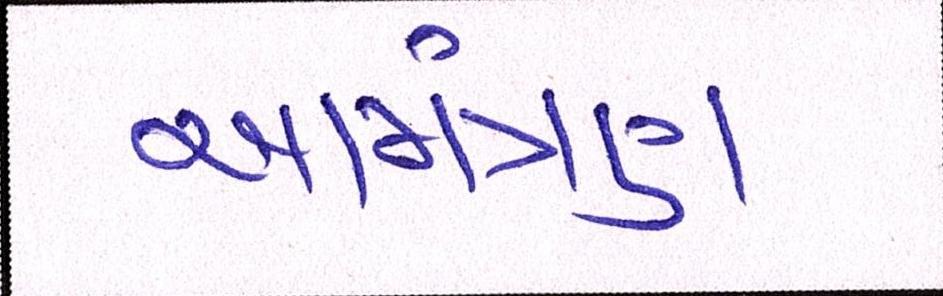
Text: આમંત્રણ